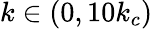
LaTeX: k\in(0,10k_{c})